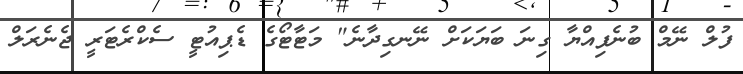
ފުލް ނޭމް ބުނެފިއްޔާ ގިނަ ބަޔަކަށް ނޭނގިދާނެ" މަޓާޓޯގެ ޑެޕިއުޓީ ސެކްރެޓަރީ ޖެނެރަލް